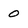
Character: 0